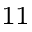
^ { 1 1 }